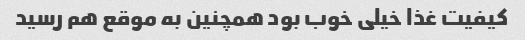
کیفیت غذا خیلی خوب بود همچنین به موقع هم رسید